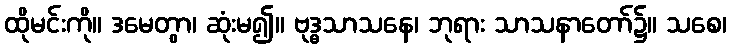
ထိုမင်းကို။ ဒမေတွာ၊ ဆုံးမ၍။ ဗုဒ္ဓသာသနေ၊ ဘုရား သာသနာတော်၌။ သစေ၊